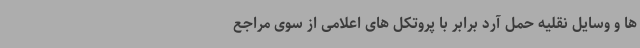
ها و وسایل نقلیه حمل آرد برابر با پروتکل های اعلامی از سوی مراجع